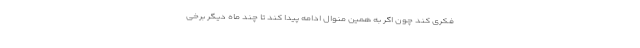
فکری کند چون اگر به همین منوال ادامه پیدا کند تا چند ماه دیگر برخی